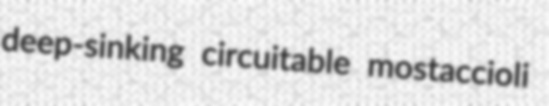
deep-sinking circuitable mostaccioli